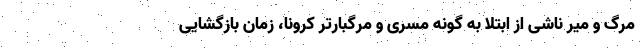
مرگ و میر ناشی از ابتلا به گونه مسری و مرگبارتر کرونا، زمان بازگشایی